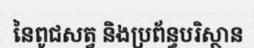
នៃពូជសត្វ និងប្រព័ន្ធបរិស្ថាន